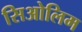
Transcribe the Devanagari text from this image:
सिओलिम